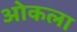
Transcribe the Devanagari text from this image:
ओकला